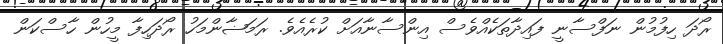
ރޯދަ ހިފުމުން ނަފްސާނީ ފައިދާތަކެއްވެސް އިންސާނާއަށް ކުރެއެވެ. ރަމަޟާންމަހު ރޯދަހިފާ މީހުން ހާސްކަން